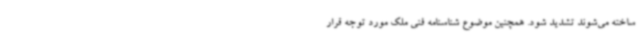
ساخته می‌شوند تشدید شود. همچنین موضوع شناسنامه فنی ملک مورد توجه قرار